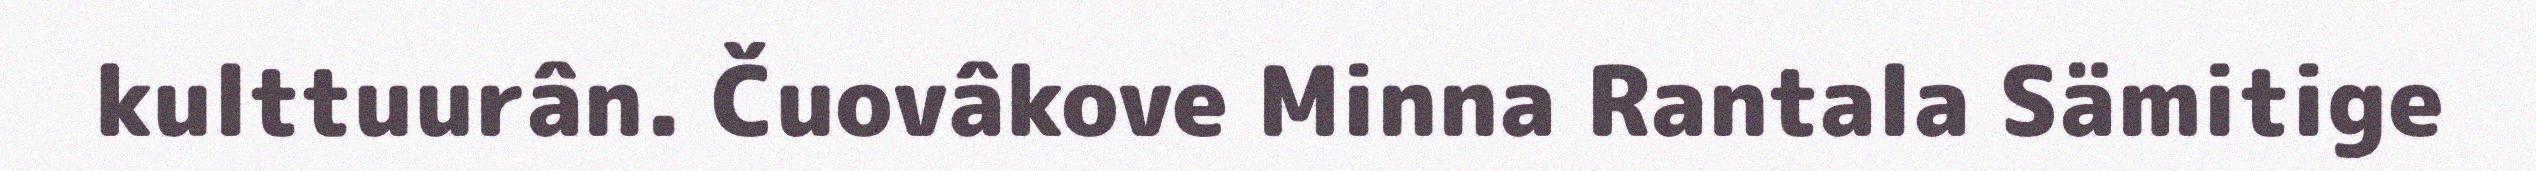
kulttuurân. Čuovâkove Minna Rantala Sämitige